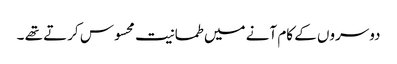
دوسروں کے کام آنے میں طمانیت محسوس کرتے تھے ۔